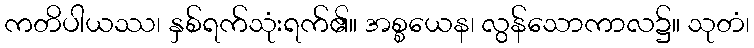
ကတိပါယဿ၊ နှစ်ရက်သုံးရက်၏။ အစ္စယေန၊ လွန်သောကာလ၌။ သုတံ၊